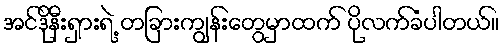
အင်ဒိုနီးရှားရဲ့ တခြားကျွန်းတွေမှာထက် ပိုလက်ခံပါတယ်။